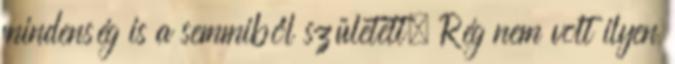
mindenség is a semmiből született. Rég nem volt ilyen